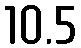
10.5